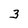
Character: 3